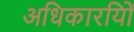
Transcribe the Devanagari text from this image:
अधिकारयिों